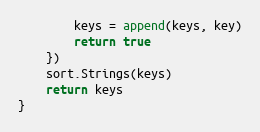
Language: Go
		keys = append(keys, key)
		return true
	})
	sort.Strings(keys)
	return keys
}